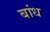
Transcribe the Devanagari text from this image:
बांध्‍ा